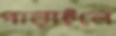
পারাইলে